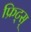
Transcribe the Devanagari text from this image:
फ्रिट्स्